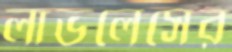
লাভলেসের